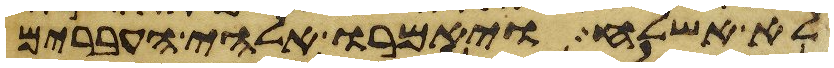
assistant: לא אשלח ויאמרו אלהי העברים